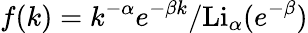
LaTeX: f(k)=k^{-\alpha}e^{-\beta k}/\mathrm{Li}_{\alpha}(e^{-\beta})